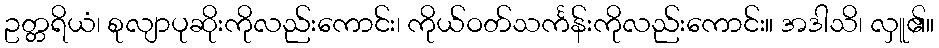
ဥတ္တရိယံ၊ စုလျာပုဆိုးကိုလည်းကောင်း၊ ကိုယ်ဝတ်သင်္ကန်းကိုလည်းကောင်း။ အဒါသိ၊ လှူ၏။